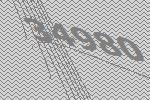
34980